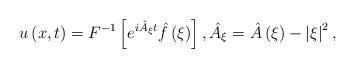
LaTeX: \begin{align*}u\left( x,t\right) =F^{-1}\left[ e^{i\hat{A}_{\xi }t}\hat{f}\left( \xi\right) \right] ,\hat{A}_{\xi }=\hat{A}\left( \xi \right)-\left\vert \xi \right\vert ^{2}, \end{align*}